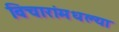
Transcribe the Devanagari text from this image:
विचारांमधल्या